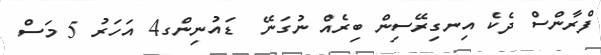
ފްރާންސް ދެކެ އިނގިރޭސިން ބިރެއް ނުގަނޭ  ޑައުނިންގ4 އަހަރު 5 މަސް